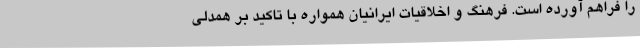
را فراهم آورده است. فرهنگ و اخلاقیات ایرانیان همواره با تاکید بر همدلی